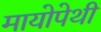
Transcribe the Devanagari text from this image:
मायोपेथी